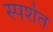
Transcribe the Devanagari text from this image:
स्पर्शत